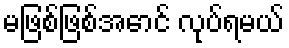
မဖြစ်ဖြစ်အောင် လုပ်ရမယ်